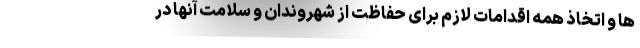
ها و اتخاذ همه اقدامات لازم برای حفاظت از شهروندان و سلامت آنها در